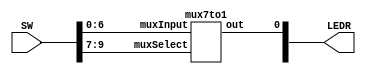
`timescale 1ns / 1ns

module part1(LEDR, SW);
    input [9:0] SW;
    output [9:0] LEDR;

    mux7to1 my_mux(
        .muxInput(SW[6:0]),
        .muxSelect(SW[9:7]),
        .out(LEDR[0])
        );
endmodule

//selects 1 bit of output from input(or default) from 3bit selector
module mux7to1(out, muxInput, muxSelect);
	input [6:0] muxInput;
	input [2:0] muxSelect;
	output reg out;//reg is output for the cases
	
	//declare block with sensitivity(*)
	//so any changes to any variable updates the cases
	always @(*)
	begin
		case(muxSelect[2:0])
			3'b000: out = muxInput[0];
			3'b001: out = muxInput[1];
			3'b010: out = muxInput[2];
			3'b011: out = muxInput[3];
			3'b100: out = muxInput[4];
			3'b101: out = muxInput[5];
			3'b110: out = muxInput[6];
			default: out = 1'b0;	//always have a default
		endcase
	end
endmodule